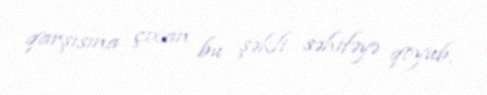
qarşısına çıxan bu şəkli səhifəyə qoyub.